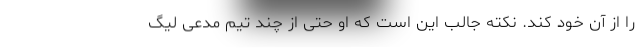
را از آن خود کند. نکته جالب این است که او حتی از چند تیم مدعی لیگ